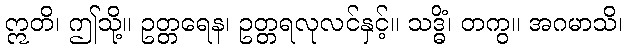
ဣတိ၊ ဤသို့။ ဥတ္တရေန၊ ဥတ္တရလုလင်နှင့်။ သဒ္ဓိံ၊ တကွ။ အဂမာသိ၊